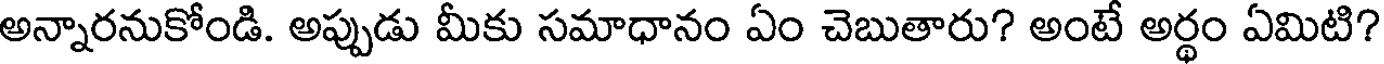
అన్నారనుకోండి. అప్పుడు మీకు సమాధానం ఏం చెబుతారు? అంటే అర్థం ఏమిటి?